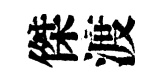
傑渡